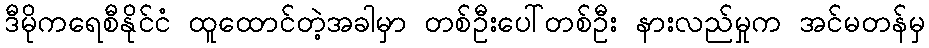
ဒီမိုကရေစီနိုင်ငံ ထူထောင်တဲ့အခါမှာ တစ်ဦးပေါ်တစ်ဦး နားလည်မှုက အင်မတန်မှ